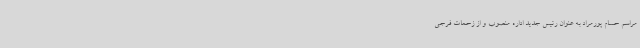
مراسم حسام پورمراد به عنوان رئیس جدید اداره منصوب و از زحمات فرجی